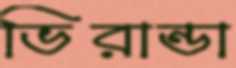
ভিরান্ডা